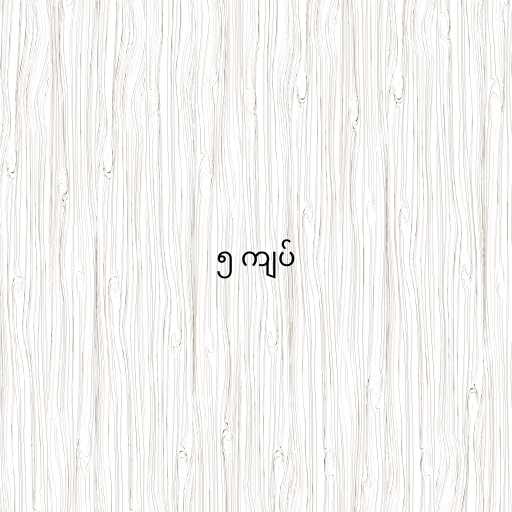
၅ ကျပ်